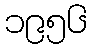
၁၉၅၆